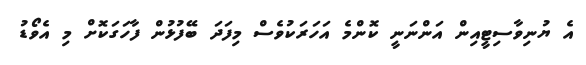
އެ ޔުނިވާސިޓީއިން އަންނަނީ ކޮންމެ އަހަރަކުވެސް މިފަދަ ބޭފުޅުން ފާހަގަކޮށް މި އެވޯޑު